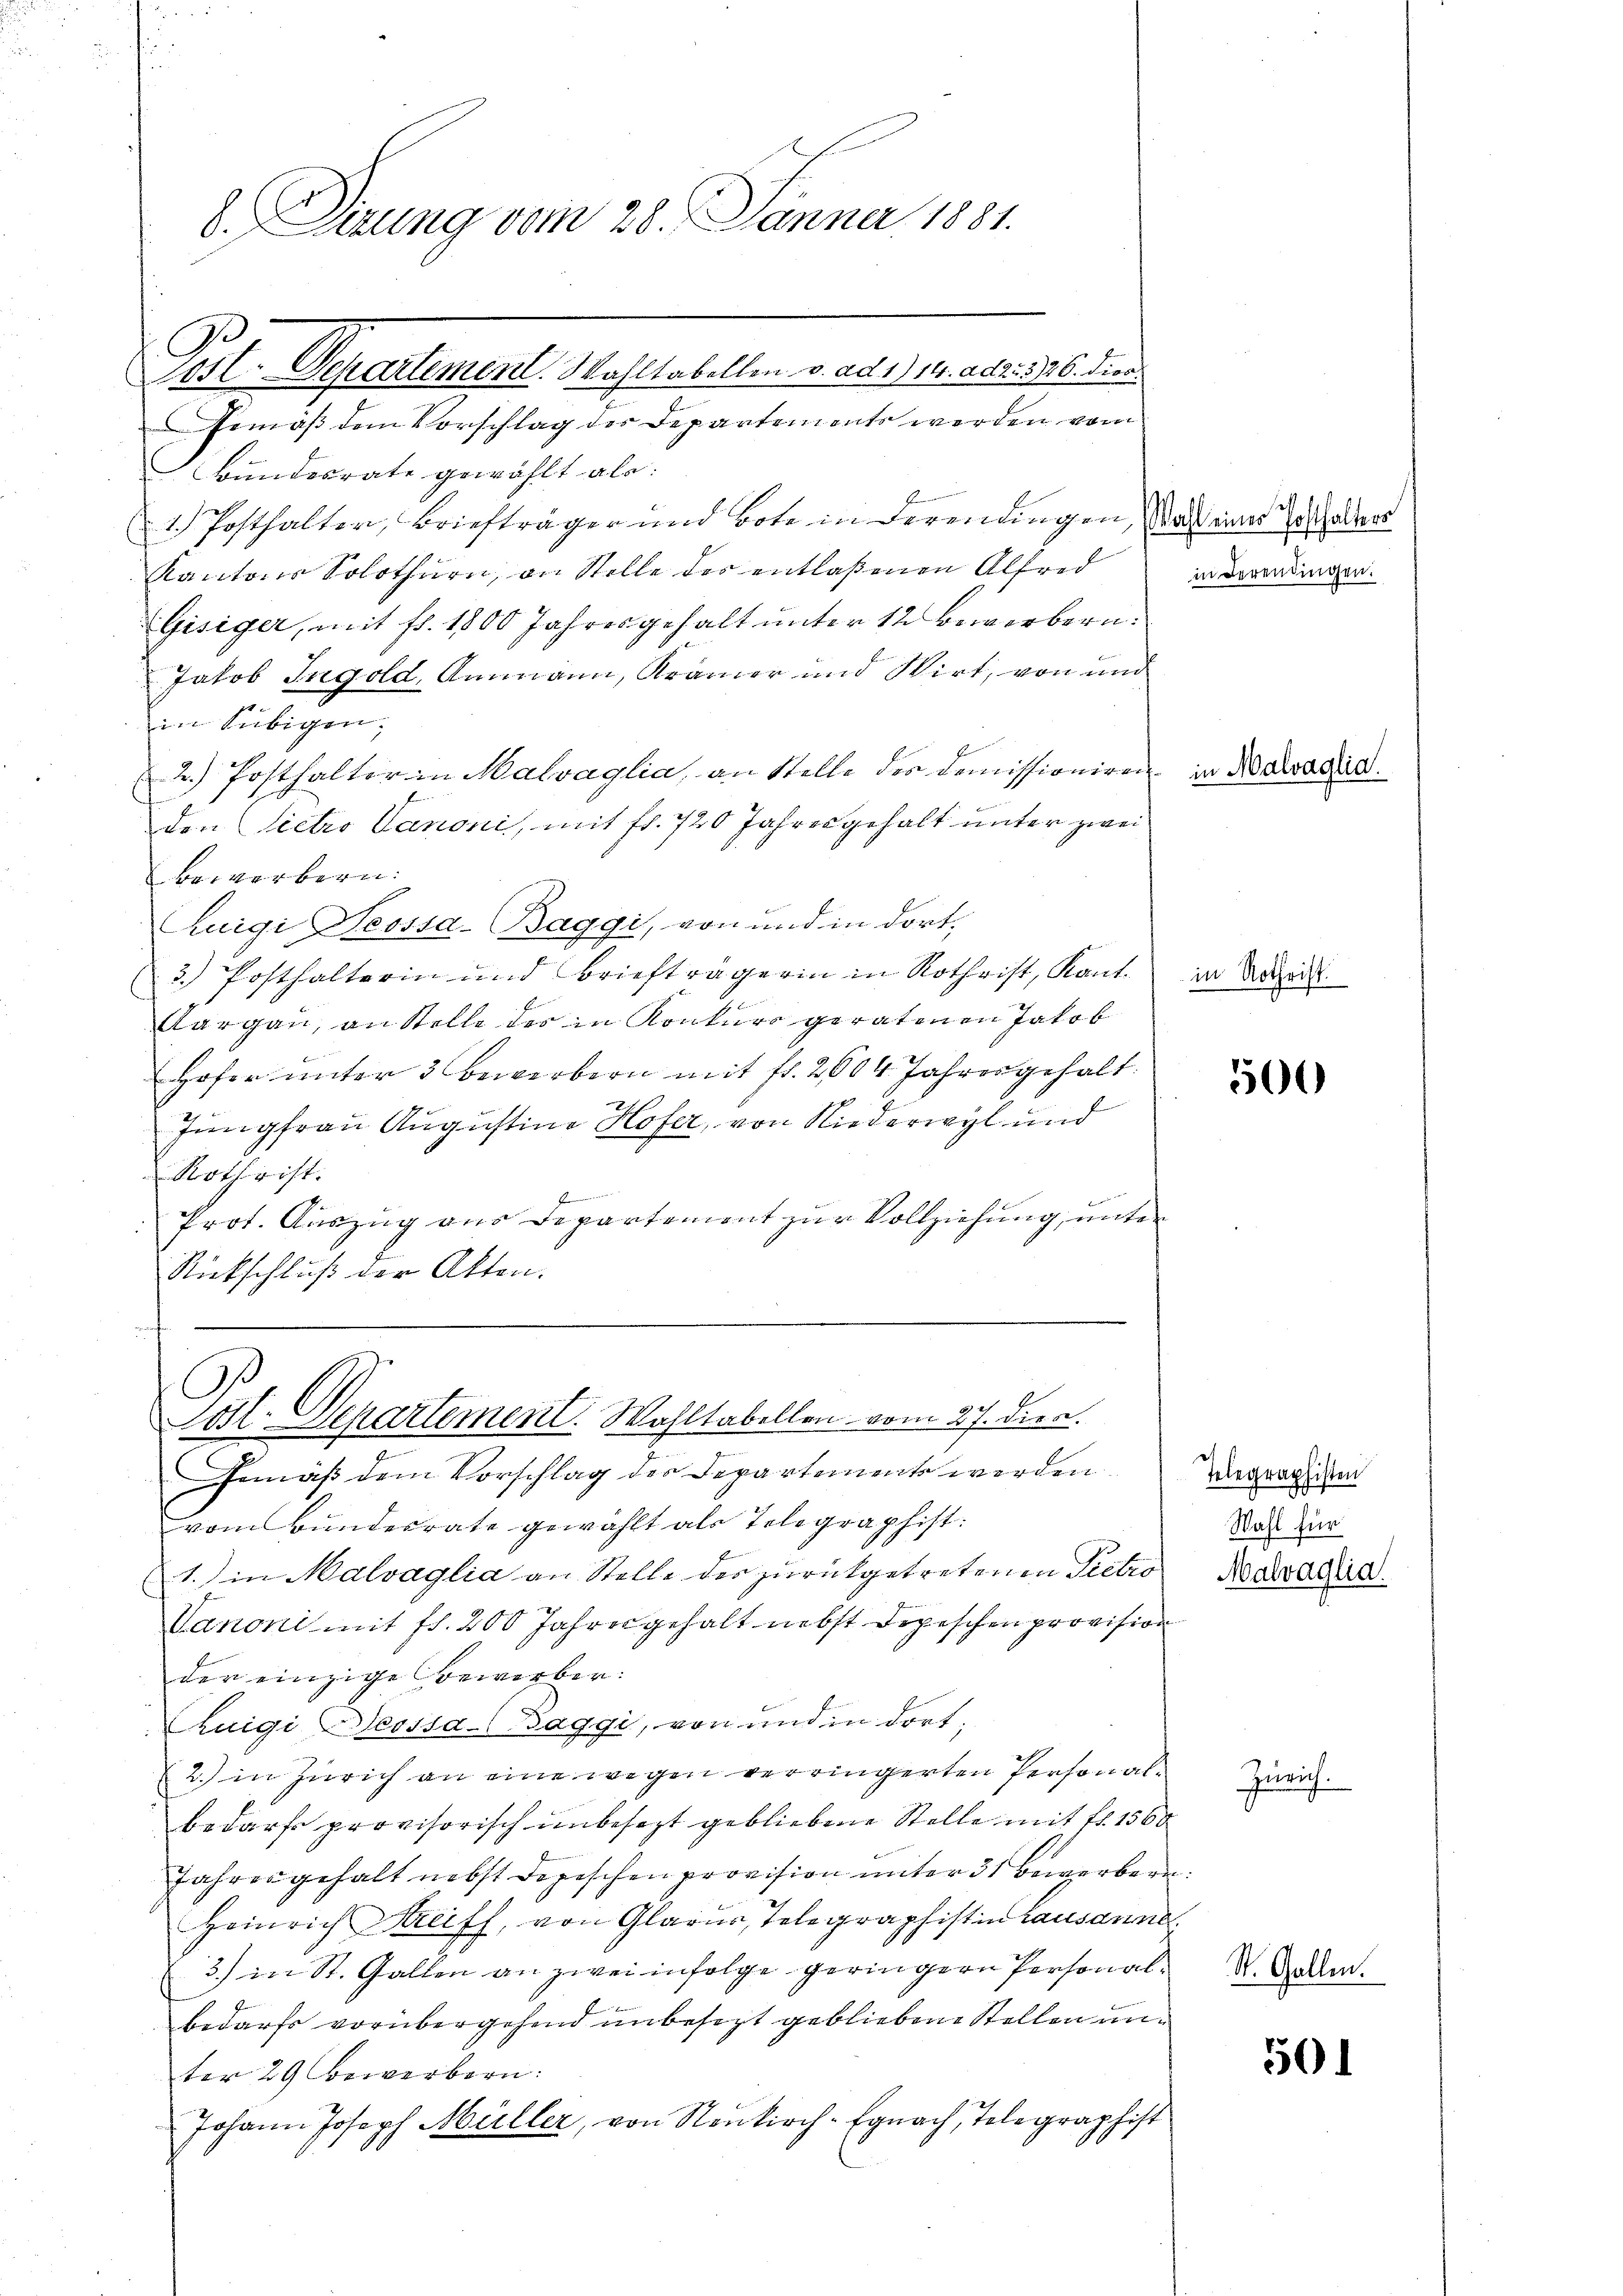
b. Dirung vom 28. Jänner 1881.

41. Separtement Hofschillen wasseresse se der
Gemäß dem Vorschlag des Departements werden vom
Bundesrate gewählt als:
1. Posthalter, Briefträger und bote in derendingen, daß einer Verhalters
Kantons Solothurn, an Stelle des entlaßenen Alfred
Gisiger, mit fr. 1800 Jahresgehalt unter 12 bewerbern.
Jakob Ingold, Ammann, Krämer und Wirt, von und
in Subigen.
2.) Posthalter in Malvaglia, an Stelle des Demissionirenden lietro Canoni, mit fr. 720 Jahresgehalt unter zwei
bewerbern.
Zuigi Neossa-Baggi, von und in dort,
3.) Posthalterin und Briefträgerin in Rothrist, Kant.
Aargau, an Stelle des in Konkurs geratenen Jakob
Hofer unter 3 Bewerbern mit fr. 2604 Jahresgehalt.
Jungfrau Augustina Hofer, von Niederwyl und
Rothrist.
unter ge
Prot. Auszug aus Departement zur Vollziehung, unter
Rückschluß der Akten.

C

e
Sol. Departement. Wahltabellen vom 27. Dien

Gemäß dem Vorschlag der Departements werden
vom Bunderrate gewählt als Telegraphist.
1.) in Malvaglia an Stelle des zurückgetretenen Pietro
Vanoni mit fl. 200 Jahresgehalt nebst Depeschen provision
der einzige Bewerber.
uigi Deossa-Baggi, von und in dort.
2.) in Zürich an eine wegen verringerten Personalbedarfe provisorisch unbesezt gebliebene Stelle mit fl. 1560
Jahresgehalt nebst dopischen provision unter 31 Bewerbern
Heinrich Streiff, von Glarus, Telegraphistin rausanne.
3.) in St. Gallen an zwei infolge geringern Personalbedarfs vorübergehend unbesezt gebliebene Stellen unter 29 Bewerbern:
Johann Joseph Müller, von Neukirch-Egnach Telegraphist

in derendingen.

in Malvaglia.

in Nothrist.

500

Telegraphisten
Wahl für
Malvaglia.

Zürich.

St. Gallen.

501